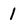
Character: I